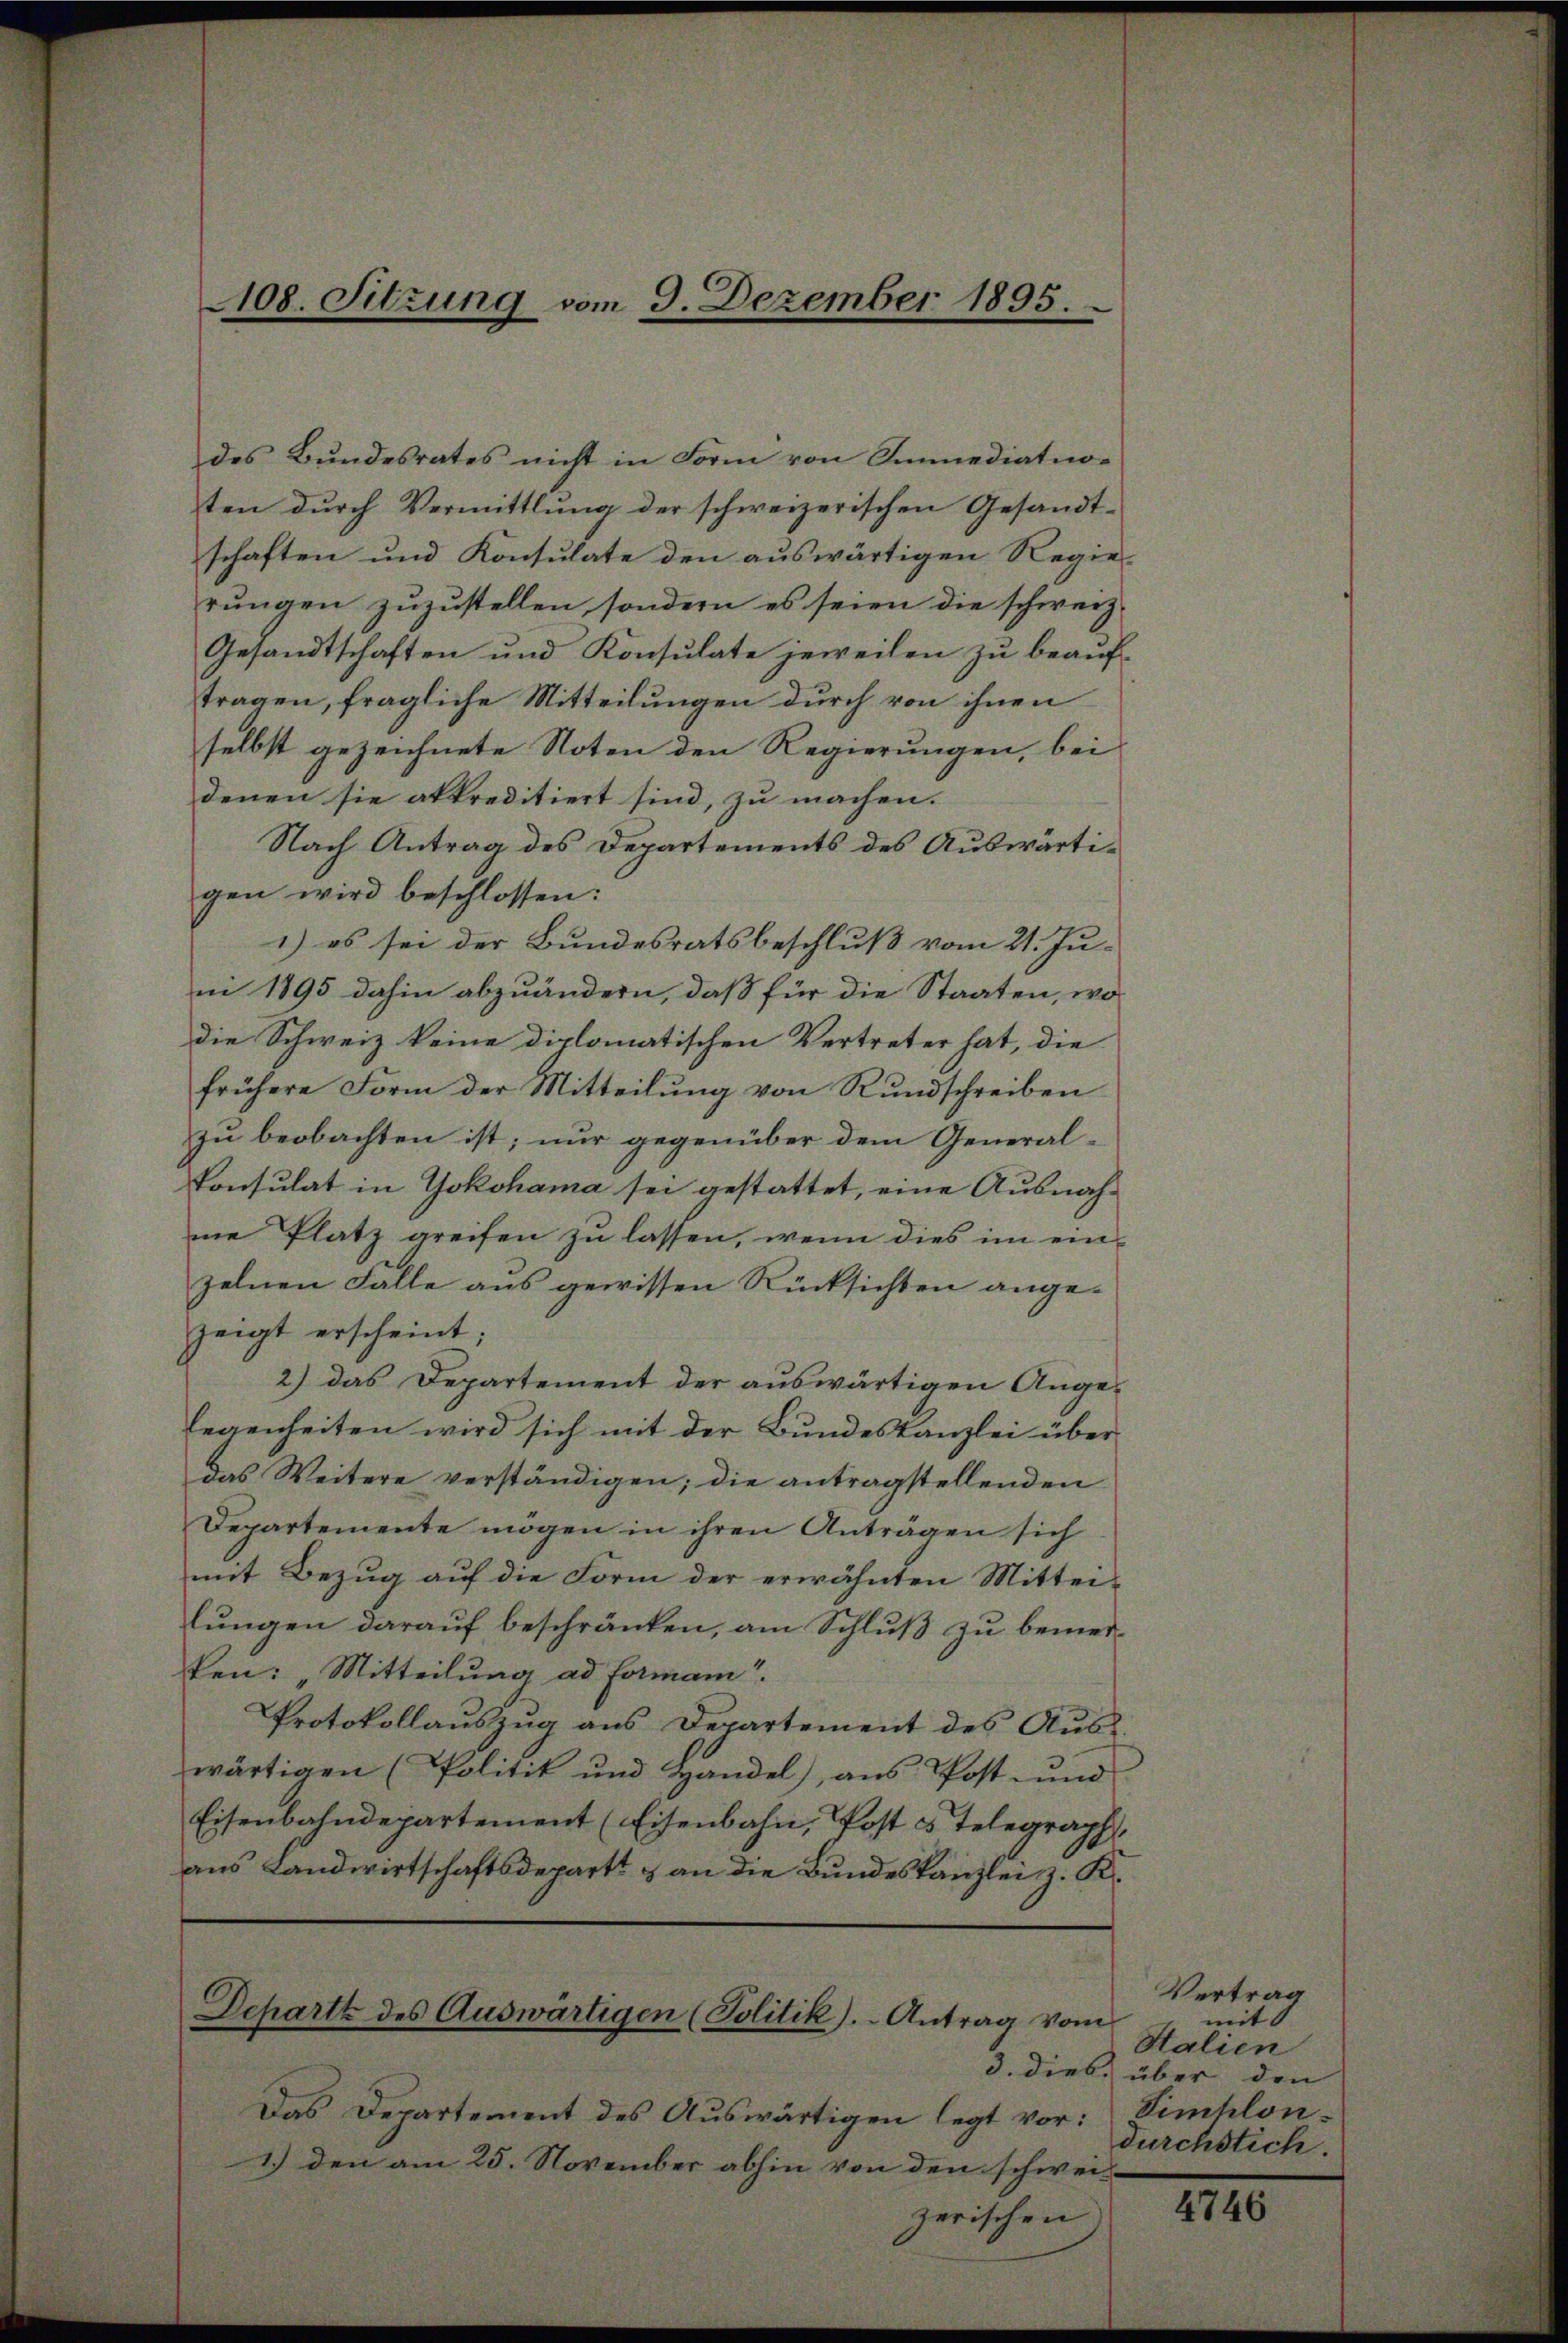
108. Sitzung vom 3. Dezember 1895.

des Bundesrates nicht in Form von Immediatnoten dŭrch Vermittlung der schweizerischen Gesandt-
schaften und Konsulate den auswärtigen Regie-
rungen zuzustellen, sondern es seien die schweiz.
Gesandtschaften und Konsulate jeweilen zu beauftragen, fragliche Mitteilungen durch von ihnen
selbst gezeichnete Noten den Regierungen, bei
denen sie akkreditiert sind, zu machen.
Nach Antrag des Departements des Auswärtigen wird beschlossen:
1) es sei der Bundesratsbeschluß vom 21. Ju-
in 1895 dahin abzuändern, daß für die Staaten, wo
die Schweiz keine diplomatischen Vertreter hat, die
frühere Form der Mitteilung von Rundschreiben
zu beobachten ist; nur gegenüber dem General¬
Konsulat in Yokohama sei gestattet, eine Ausnahme Platz greifen zu lassen, wenn dies im einzelnen Falle aus gewissen Rücksichten angezeigt erscheint;
2) das Departement der auswärtigen Ange-
legenheiten wird sich mit der Bundeskanzlei über-
das Weitere verständigen; die antragstellenden
Departemente mögen in ihren Anträgen sich
mit Bezŭg aŭf die Form der erwähnten Mittei-
lungen darauf beschränken, am Schluß zu bemerken: „Mitteilung ad Formann
Protokollauszug aus Departement des Aŭs-
wärtigen (Politik und Handel), aus Post- und
Eisenbahndepartement (Eisenbahn, Post 3 Telegraph,
aus Landwirtschaftsdepartt & an die Bundeskanzlei z. K.

Departz des Auswärtigen (Politik). Antrag vom

Das Departement des Auswärtigen legt vor:
1.) den am 25. November abhin von den schweizerischen

Vertrag
mit
Salien
3. dies, über den
Simhlon.
durchstich.

4746